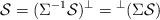
LaTeX: \begin{align*}\mathcal{S}=(\Sigma^{-1}\mathcal{S})^{\perp}={}^{\perp}(\Sigma \mathcal{S})\end{align*}